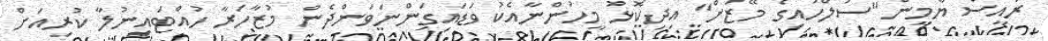
ރައީސް ޔާމީން "ސުލްހައިގެ މޭޒަށް" އިދިކޮޅު މީހުންނާއެކު ވަޑައިގަންނަވަންދެން މުޒާހަރާ ހުއްޓައިނުލާ ކުރިއަށް